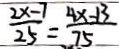
\frac { 2 x - 7 } { 2 5 } = \frac { 4 x - 1 3 } { 7 5 }